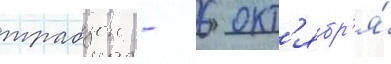
трабзон - 6 окт'ябр'я́